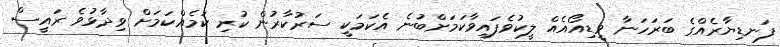
ފަނޑިޔާރެއްގެ ބަރަހަނާ ވީޑިއޯއެއް ލީކުވެފައިވާކަމަށްބުނެ އެކަމަކީ ސަރުކާރުން ކުރި ކަމެއްކަމަށް ވިދާޅުވެ ރައީސް